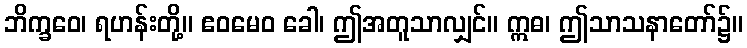
ဘိက္ခဝေ၊ ရဟန်းတို့။ ဧဝမေဝ ခေါ၊ ဤအတူသာလျှင်။ ဣဓ၊ ဤသာသနာတော်၌။